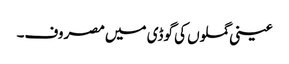
عینی گملوں کی گوڈی میں مصروف۔